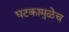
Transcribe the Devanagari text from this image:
घटकामुळेच